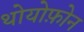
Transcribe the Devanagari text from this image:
थोयोफ़ोन